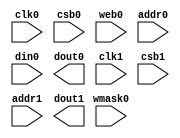
// This program was cloned from: https://github.com/zephray/RISu064
// License: MIT License

// OpenRAM SRAM model
// Words: 512
// Word size: 32
// Write size: 8

(* blackbox *)
module sky130_sram_2kbyte_1rw1r_32x512(
`ifdef USE_POWER_PINS
    vccd1,
    vssd1,
`endif
// Port 0: RW
    clk0,csb0,web0,wmask0,addr0,din0,dout0,
// Port 1: R
    clk1,csb1,addr1,dout1
  );

  parameter NUM_WMASKS = 4 ;
  parameter DATA_WIDTH = 32 ;
  parameter ADDR_WIDTH = 9 ;
  parameter RAM_DEPTH = 1 << ADDR_WIDTH;
  // FIXME: This delay is arbitrary.
  parameter DELAY = 3 ;
  parameter VERBOSE = 1 ; //Set to 0 to only display warnings
  parameter T_HOLD = 1 ; //Delay to hold dout value after posedge. Value is arbitrary

`ifdef USE_POWER_PINS
    inout vccd1;
    inout vssd1;
`endif
  input  clk0; // clock
  input   csb0; // active low chip select
  input  web0; // active low write control
  input [NUM_WMASKS-1:0]   wmask0; // write mask
  input [ADDR_WIDTH-1:0]  addr0;
  input [DATA_WIDTH-1:0]  din0;
  output [DATA_WIDTH-1:0] dout0;
  input  clk1; // clock
  input   csb1; // active low chip select
  input [ADDR_WIDTH-1:0]  addr1;
  output [DATA_WIDTH-1:0] dout1;

endmodule